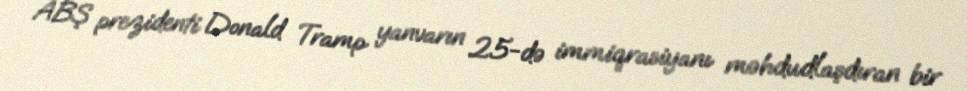
ABŞ prezidenti Donald Tramp yanvarın 25-də immiqrasiyanı məhdudlaşdıran bir